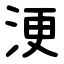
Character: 浭